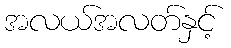
အလယ်အလတ်နှင့်